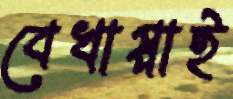
বেখাপ্পাই